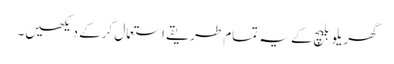
گھریلو بلیچ کے یہ تمام طریقے استعمال کرکے دیکھیں۔